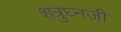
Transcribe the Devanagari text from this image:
शत्रुघ्नजी